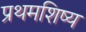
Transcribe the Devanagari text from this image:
प्रथमशिष्य